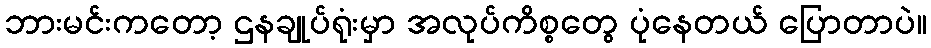
ဘားမင်းကတော့ ဌနချုပ်ရုံးမှာ အလုပ်ကိစ္စတွေ ပုံနေတယ် ပြောတာပဲ။